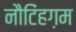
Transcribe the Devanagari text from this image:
नौटिंहग़म